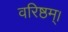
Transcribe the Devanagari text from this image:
वरिष्ठम्‌।